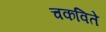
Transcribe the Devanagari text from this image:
चकविते